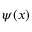
\psi ( { x } )